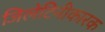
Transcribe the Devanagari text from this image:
जिलेटिनीकारक